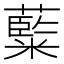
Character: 𮇽